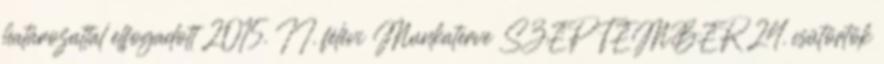
határozattal elfogadott 2015. II. félévi Munkaterve SZEPTEMBER 24. csütörtök